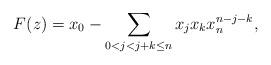
LaTeX: \begin{align*}F(z)=x_0-\sum_{0<j<j+k\leq n}x_jx_kx_n^{n-j-k},\end{align*}